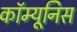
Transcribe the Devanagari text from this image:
कॉम्यूनिस